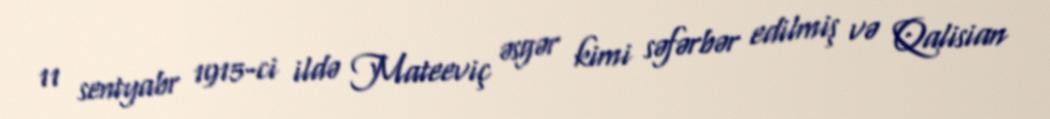
11 sentyabr 1915-ci ildə Mateeviç əsgər kimi səfərbər edilmiş və Qalisian